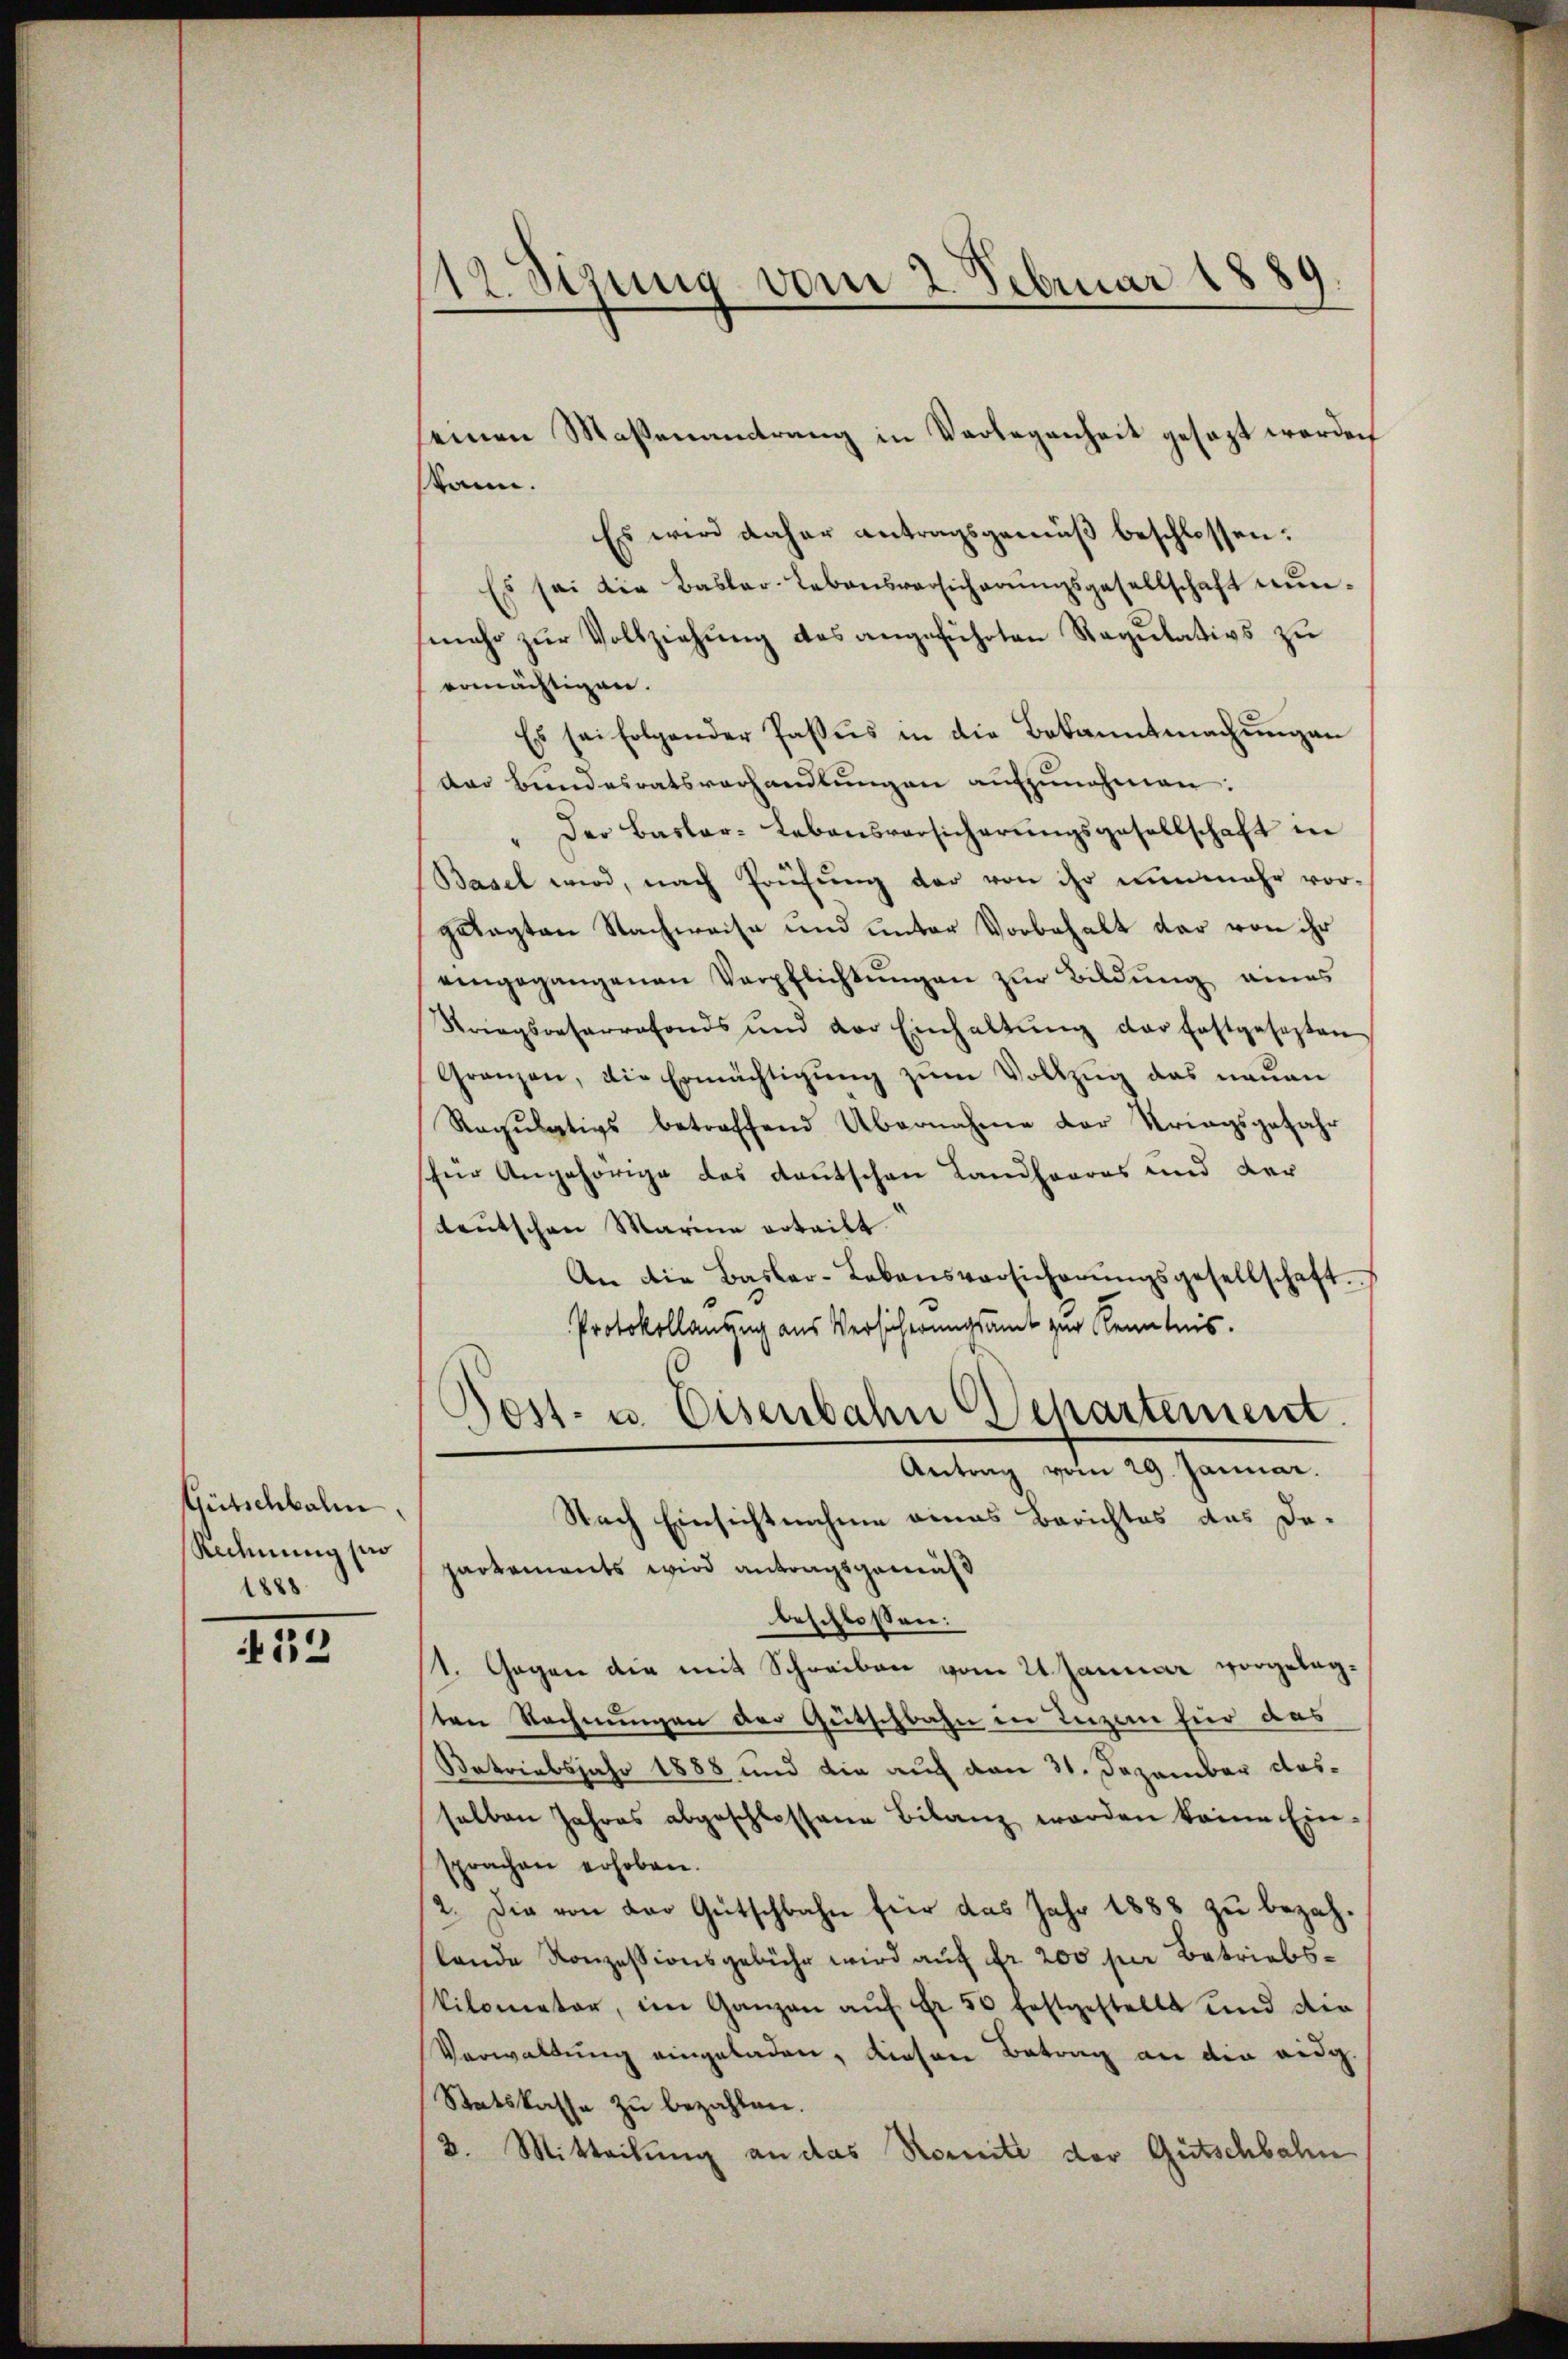
Gütschkalen.
Rechnung si
1888.

N 22

12. Sizung vom 2. Februar 1889
—

seinen Maßenantrang in Verlegenheit gesezt worden
kann.
Es wird daher antragsgemäß beschlossen:
Es sei die Basler-Lebensversicherŭngsgesellschaft nŭn-
mehr zur Vollziehung des angeführten Regulativs zu
ermächtigen.
Es sei folgender Passus in die Bekanntmachungen
das Bundesratsverhandlŭngen aŭfzŭnehmen:
" Der Basler-Lebensversicherŭngsgesellschaft in
Basel wird, nach Prüfŭng der von ihr nunmehr vor-
getagten Nachweise und unter Vorbehalt dar von ihr
eingegangenen Verpflichtungen zur Bildung eines
Striegsresarrafonds und der Einhaltŭng der Erstgesezten
Gränzen, die Ermächtigŭng zŭm Vollzŭg das neŭen
Regulativs betreffend Übernahme der Kriegsgefahr
für Angehörige das deutschen Landhaares und der
teutschen Marina erteilt.
An die Basler-Lebensversicherŭngsgesellschaft.
Protokollanzug aus Versicherungsamt zur Kenntnis.
Dost- u. Eisenbahn Departement.
Antrag vom 29. Januar.
Nach Einsichtnahme eines Berichtes das De-
partements wird antragsgemäß
beschloßen:
1. Gegen die mit Schreiben vom 21 Januar vorgelegten Rechnungen der Gütschbahn in Leizen für das
Satriebsjahr 1888 und die auf den 31. Dezember dasselben Jahres abgeschlossene Bilanz werden keine Ein-
sprachen erhoben.
2. Die von der Gütschbahn hier das Jahr 1888 zu bezahlande Konzessionsgebühr wird auf fr. 200 per Betriebs¬
Vilometer, im Ganzen aŭf Fr. 50 festgestellt und die
Verwaltung eingeladen, diesen Betrag an die eidg.
Statskasse zu bezahlen.
2. Mitteilung an das Romite der Gutschbahn